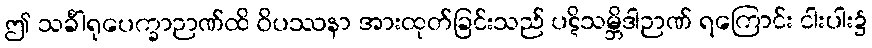
ဤ သင်္ခါရုပေက္ခာဉာဏ်ထိ ဝိပဿနာ အားထုတ်ခြင်းသည် ပဋိသမ္ဘိဒါဉာဏ် ရကြောင်း ငါးပါး၌